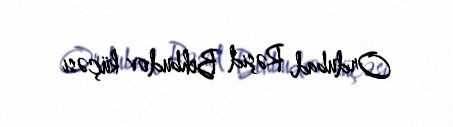
Ordubad, Rəşid Behbudov küçəsi